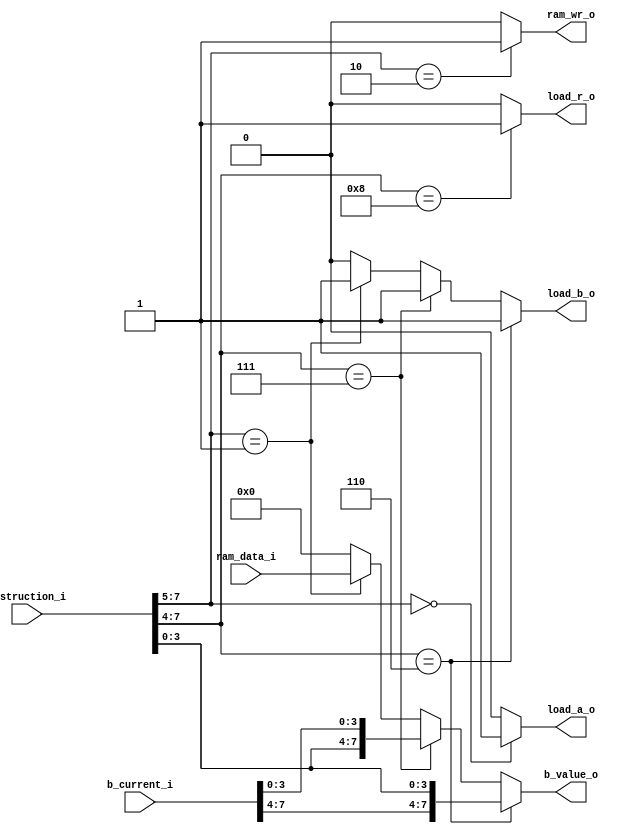
//KT8 instruction decoder
//Lots of random logic to do the correct thing for each instruction

module data_control (instruction_i, //the current instruction  
                     b_value_o, //B can be ORd with imediate
                     b_current_i,
                     load_a_o,  //controls loading of registers
                     load_b_o,
                     load_r_o,
                     ram_wr_o, //also control RAM write
                     ram_data_i );
  input [7:0] instruction_i, ram_data_i, b_current_i;
  output reg [7:0] b_value_o;
  output reg load_b_o;
  output wire load_a_o, load_r_o, ram_wr_o;

  reg jump_up_o, jump_down_o;
  reg [3:0] jump_distance_o;

  //I = 010aaaaa : save to memory
  assign ram_wr_o = (instruction_i[7:5] == 3'b010) ? 1 : 0;

  //I=000aaaaa : load RAM to A
  assign load_a_o = (instruction_i[7:5] == 3'b000) ? 1 : 0;

  //I=1000xxxx : ALU op, load R
  assign load_r_o = (instruction_i[7:4] == 4'b1000) ? 1 : 0;
  
  //what to do with register B
  always @(*)
    if (instruction_i[7:4] == 4'b0110) begin
      //LOWBITS

      b_value_o = {b_current_i[7:4], instruction_i[3:0]};
      load_b_o = 1;
   end else if (instruction_i[7:4] == 4'b0111) begin
      //HIGHBITS
      b_value_o = {instruction_i[3:0], b_current_i[3:0]};
      load_b_o = 1;
   end else if (instruction_i[7:5] == 3'b001) begin
      //load B from RAM
      b_value_o = ram_data_i;
      load_b_o = 1;
   end else begin
      //leave B alone
      b_value_o = 0;
      load_b_o = 0;
   end
 
endmodule